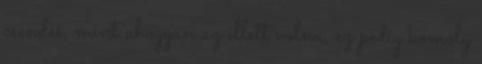
csendes, mint ahogyan az illett volna, ez pedig komoly